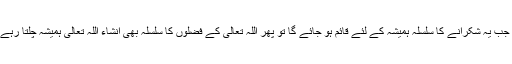
اور جب یہ شکرانے کا سلسلہ ہمیشہ کے لئے قائم ہو جائے گا تو پھر اللہ تعالیٰ کے فضلوں کا سلسلہ بھی انشاء اللہ تعالیٰ ہمیشہ چلتا رہے گا۔